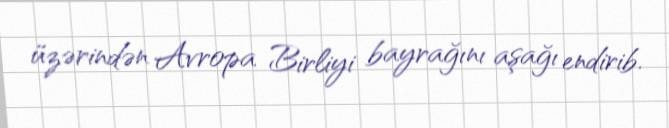
üzərindən Avropa Birliyi bayrağını aşağı endirib.